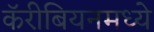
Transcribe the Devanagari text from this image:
कॅरीबियनमध्ये